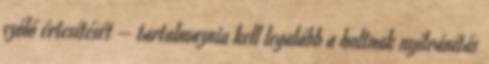
szóló értesítését – tartalmaznia kell legalább a holtnak nyilvánítás